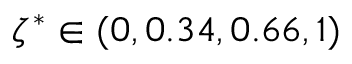
\zeta ^ { * } \in ( 0 , 0 . 3 4 , 0 . 6 6 , 1 )